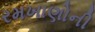
રમખાણોની